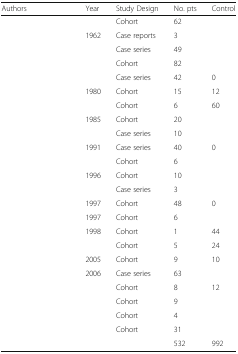
<table><thead><tr><td><b>Authors</b></td><td><b>Year</b></td><td><b>Study Design</b></td><td><b>No. pts</b></td><td><b>Control</b></td></tr></thead><tbody><tr><td>[EMPTY_CELL]</td><td>[EMPTY_CELL]</td><td>Cohort</td><td>62</td><td>[EMPTY_CELL]</td></tr><tr><td>[EMPTY_CELL]</td><td>1962</td><td>Case reports</td><td>3</td><td>[EMPTY_CELL]</td></tr><tr><td>[EMPTY_CELL]</td><td>[EMPTY_CELL]</td><td>Case series</td><td>49</td><td>[EMPTY_CELL]</td></tr><tr><td>[EMPTY_CELL]</td><td>[EMPTY_CELL]</td><td>Cohort</td><td>82</td><td>[EMPTY_CELL]</td></tr><tr><td>[EMPTY_CELL]</td><td>[EMPTY_CELL]</td><td>Case series</td><td>42</td><td>0</td></tr><tr><td>[EMPTY_CELL]</td><td>1980</td><td>Cohort</td><td>15</td><td>12</td></tr><tr><td>[EMPTY_CELL]</td><td>[EMPTY_CELL]</td><td>Cohort</td><td>6</td><td>60</td></tr><tr><td>[EMPTY_CELL]</td><td>1985</td><td>Cohort</td><td>20</td><td>[EMPTY_CELL]</td></tr><tr><td>[EMPTY_CELL]</td><td>[EMPTY_CELL]</td><td>Case series</td><td>10</td><td>[EMPTY_CELL]</td></tr><tr><td>[EMPTY_CELL]</td><td>1991</td><td>Case series</td><td>40</td><td>0</td></tr><tr><td>[EMPTY_CELL]</td><td>[EMPTY_CELL]</td><td>Cohort</td><td>6</td><td>[EMPTY_CELL]</td></tr><tr><td>[EMPTY_CELL]</td><td>1996</td><td>Cohort</td><td>10</td><td>[EMPTY_CELL]</td></tr><tr><td>[EMPTY_CELL]</td><td>[EMPTY_CELL]</td><td>Case series</td><td>3</td><td>[EMPTY_CELL]</td></tr><tr><td>[EMPTY_CELL]</td><td>1997</td><td>Cohort</td><td>48</td><td>0</td></tr><tr><td>[EMPTY_CELL]</td><td>1997</td><td>Cohort</td><td>6</td><td>[EMPTY_CELL]</td></tr><tr><td>[EMPTY_CELL]</td><td>1998</td><td>Cohort</td><td>1</td><td>44</td></tr><tr><td>[EMPTY_CELL]</td><td>[EMPTY_CELL]</td><td>Cohort</td><td>5</td><td>24</td></tr><tr><td>[EMPTY_CELL]</td><td>2005</td><td>Cohort</td><td>9</td><td>10</td></tr><tr><td>[EMPTY_CELL]</td><td>2006</td><td>Case series</td><td>63</td><td>[EMPTY_CELL]</td></tr><tr><td>[EMPTY_CELL]</td><td>[EMPTY_CELL]</td><td>Cohort</td><td>8</td><td>12</td></tr><tr><td>[EMPTY_CELL]</td><td>[EMPTY_CELL]</td><td>Cohort</td><td>9</td><td>[EMPTY_CELL]</td></tr><tr><td>[EMPTY_CELL]</td><td>[EMPTY_CELL]</td><td>Cohort</td><td>4</td><td>[EMPTY_CELL]</td></tr><tr><td>[EMPTY_CELL]</td><td>[EMPTY_CELL]</td><td>Cohort</td><td>31</td><td>[EMPTY_CELL]</td></tr><tr><td>[EMPTY_CELL]</td><td>[EMPTY_CELL]</td><td>[EMPTY_CELL]</td><td>532</td><td>992</td></tr></tbody></table>